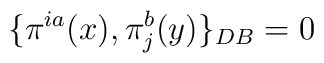
\{\pi^{ia}(x),  \pi_j^b(y)\}_{DB} = 0\nonumber